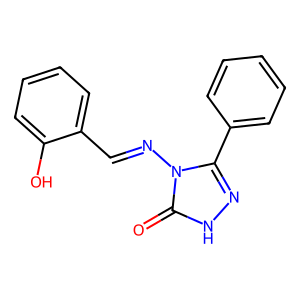
SMILES: O=c1[nH]nc(-c2ccccc2)n1N=Cc1ccccc1O
Inhibits HIV replication: No